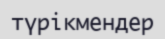
түрікмендер